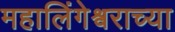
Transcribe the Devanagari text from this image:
महालिंगेश्र्वराच्या